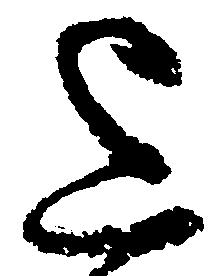
上